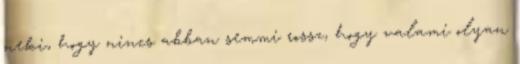
neki, hogy nincs abban semmi rossz, hogy valami olyan